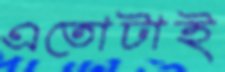
এতোটাই